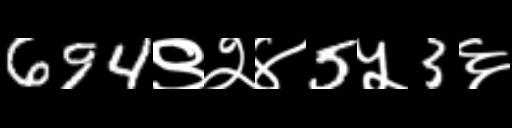
Text: 694९२४5५3६